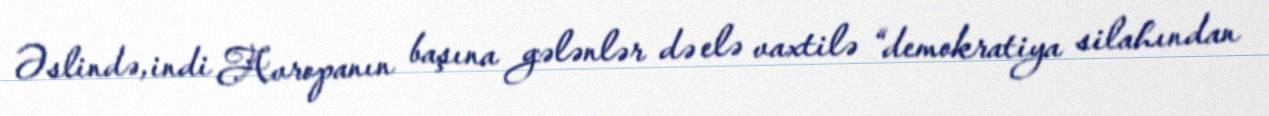
Əslində, indi Avropanın başına gələnlər də elə vaxtilə “demokratiya silahından